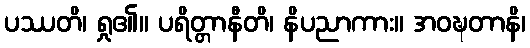
ပဿတိ၊ ရှု၏။ ပရိတ္တာနီတိ၊ နိပညာကား။ အဝဍ္ဎတာနိ၊